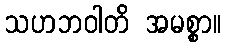
သဟဘဝါတိ အမစ္စာ။